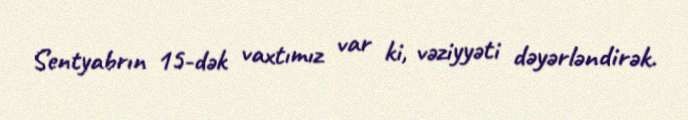
Sentyabrın 15-dək vaxtımız var ki, vəziyyəti dəyərləndirək.